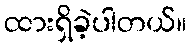
ထားရှိခဲ့ပါတယ်။